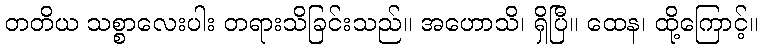
တတိယ သစ္စာလေးပါး တရားသိခြင်းသည်။ အဟောသိ၊ ရှိပြီ။ ထေန၊ ထို့ကြောင့်။